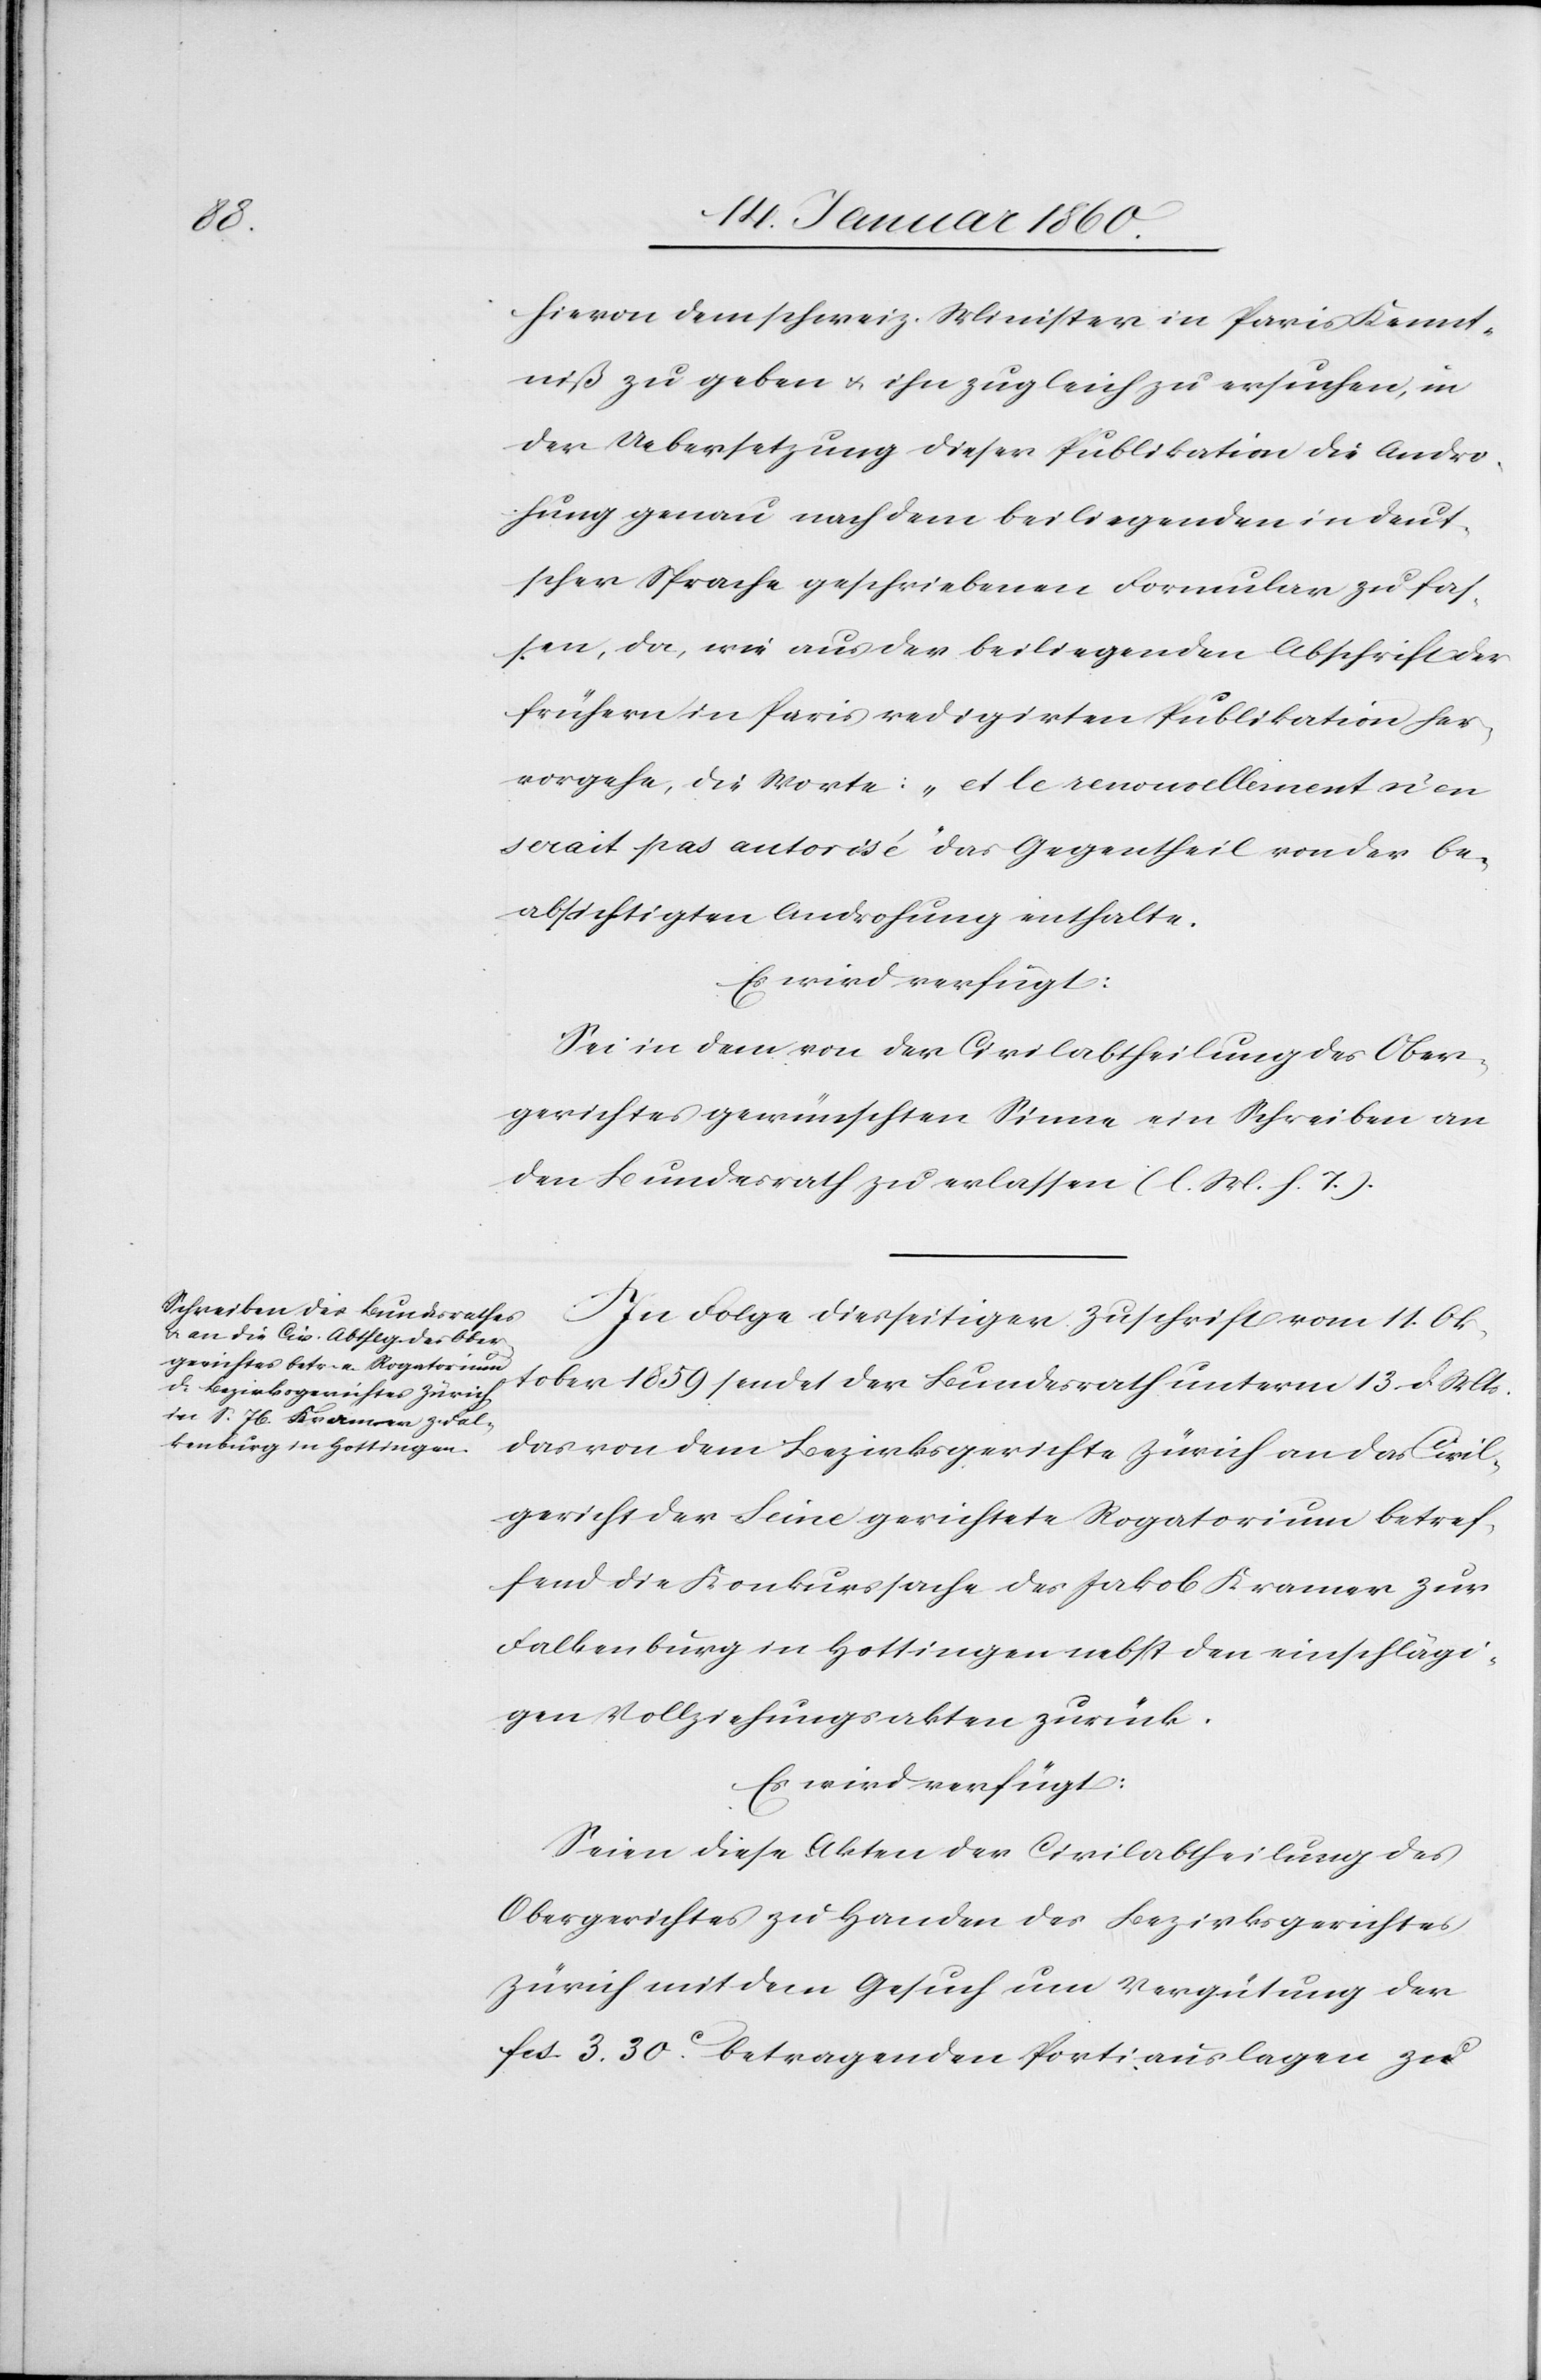
16. Januar 1860.]
hiervon dem schweiz. Minister in Paris Kennt¬
niß zu geben u. ihn zugleich zu ersuchen, in
der Uebersetzung dieser Publikation die Andro¬
hung genau nach dem beiliegenden in deut¬
scher Sprache geschriebenen Formular zu fas¬
sen, da, wie aus der beiliegenden Abschrift des
frühern in Paris redigirten Publikation her¬
vorgehe, die Worte: „et le renouvellement n’en
serait pas autorisé“ das Gegentheil von der be¬
absichtigten Androhung enthalte.
Es wird verfügt:
Sei in dem von der Civilabtheilung des Ober¬
gerichtes gewünschten Sinne ein Schreiben an
den Bundesrath zu verlassen [l. M. v. h. T].
In Folge diesseitiger Zuschrift vom 11. Ok¬
tober 1859 sendet der Bundesrath unterm 13. d. Mts.
das von dem Bezirksgerichte Zürich an das Civil¬
gericht der Seine gerichtete Rogatorium betref¬
fend die Konkurssache des Jakob Kramer zur
Falkenburg in Hottingen nebst den einschlägi¬
gen Vollziehungsakten zurück.
Es wird verfügt:
Seien diese Akten der Civilabtheilung des
Obergerichtes zu Handen des Bezirksgerichtes
Zürich mit dem Gesuch um Vergütung der
fcs. 3. 30C betragenden Portiauslagen zu